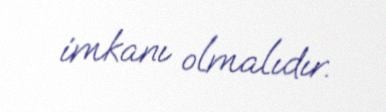
imkanı olmalıdır.